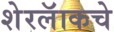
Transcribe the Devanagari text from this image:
शेरलॅाकचे